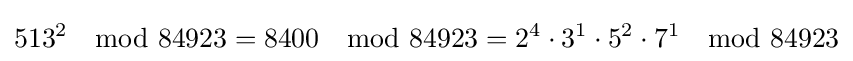
513^{2}\mod 84923=8400\mod 84923=2^{4}\cdot 3^{1}\cdot 5^{2}\cdot 7^{1}\mod 84923